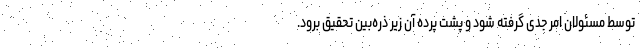
توسط مسئولان امر جدی گرفته شود و پشت پرده آن زیر ذره‌بین تحقیق برود.